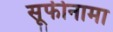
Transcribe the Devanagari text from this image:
सूफीनामा